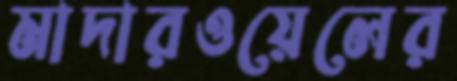
মাদারওয়েলের